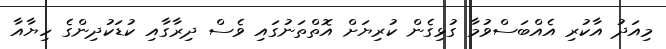
މިއަދު އާކުރި އެއްބަސްވުމާ ގުޅިގެން ކުރިޔަށް އޮތްތަނުގައި ވެސް ދިރާގާއި ކުޑަކުދިންގެ ހިޔާއާ